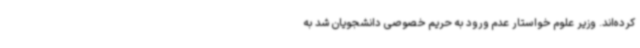
کرده‌اند. وزیر علوم خواستار عدم ورود به حریم خصوصی دانشجویان شد به